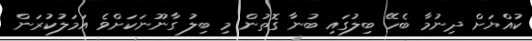
ކުއްޔަށް ދިނުމާ ބެހޭ ބިލުގައި ބުނާ ގޮތުން މި ބިލު ގާނޫނަކަށްވެ އަމަލުކުރަން